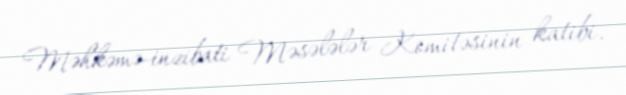
Məhkəmə-inzibati Məsələlər Komitəsinin katibi.